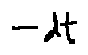
- d t